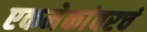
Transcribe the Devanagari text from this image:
एकमेकांवरचं